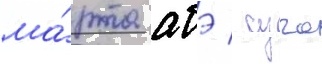
ма́рта абэ / суга